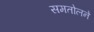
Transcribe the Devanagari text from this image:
समतोलने